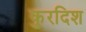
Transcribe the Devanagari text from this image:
कुरदिश